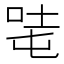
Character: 𰇦